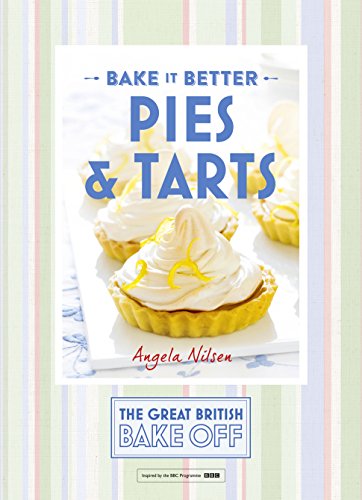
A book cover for Bake it Better: Pies & Tarts (The Great British Bake Off); The Great British Bake Off; Cookbooks, Food & Wine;